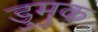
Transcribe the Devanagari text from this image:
डुमुक